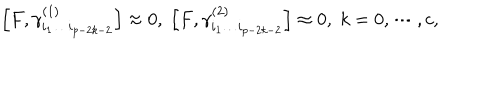
\left[ F , \gamma _ { i _ { 1 } \ldots i _ { p - 2 k - 2 } } ^ { ( 1 ) } \right] \approx 0 , \; \left[ F , \gamma _ { i _ { 1 } \ldots i _ { p - 2 k - 2 } } ^ { ( 2 ) } \right] \approx 0 , \; k = 0 , \cdots , c ,